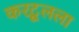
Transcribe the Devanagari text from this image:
करटूलला